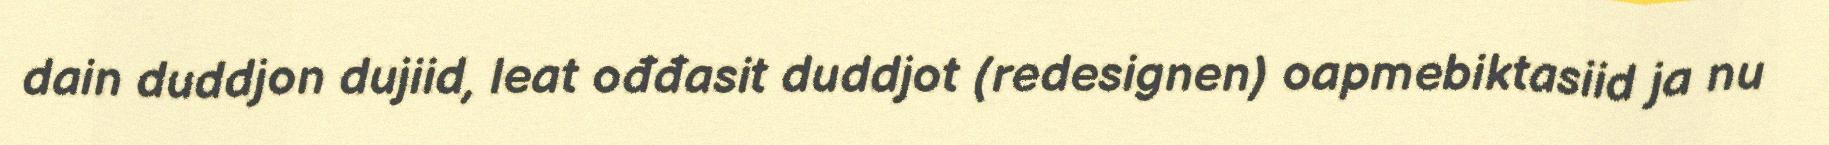
dain duddjon dujiid, leat ođđasit duddjot (redesignen) oapmebiktasiid ja nu